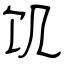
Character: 饥